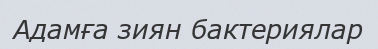
Адамға зиян бактериялар